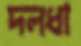
দলধা